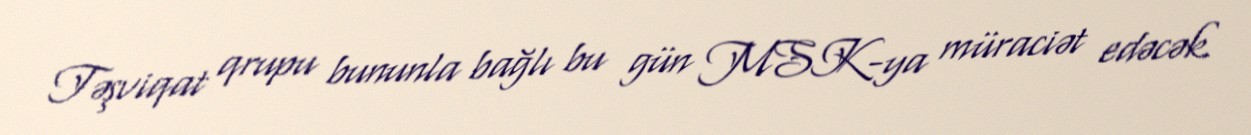
Təşviqat qrupu bununla bağlı bu gün MSK-ya müraciət edəcək.